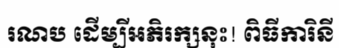
រណប ដើម្បីអភិរក្សនុះ! ពិធីការិនី